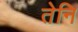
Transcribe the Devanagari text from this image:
तेनि